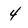
Character: 4